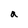
Character: a